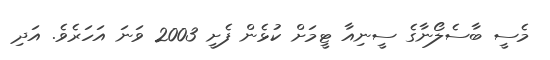
މެސީ ބާސެލޯނާގެ ސީނިއާ ޓީމަށް ކުޅެން ފެށީ 2003 ވަނަ އަހަރެވެ. އަދި